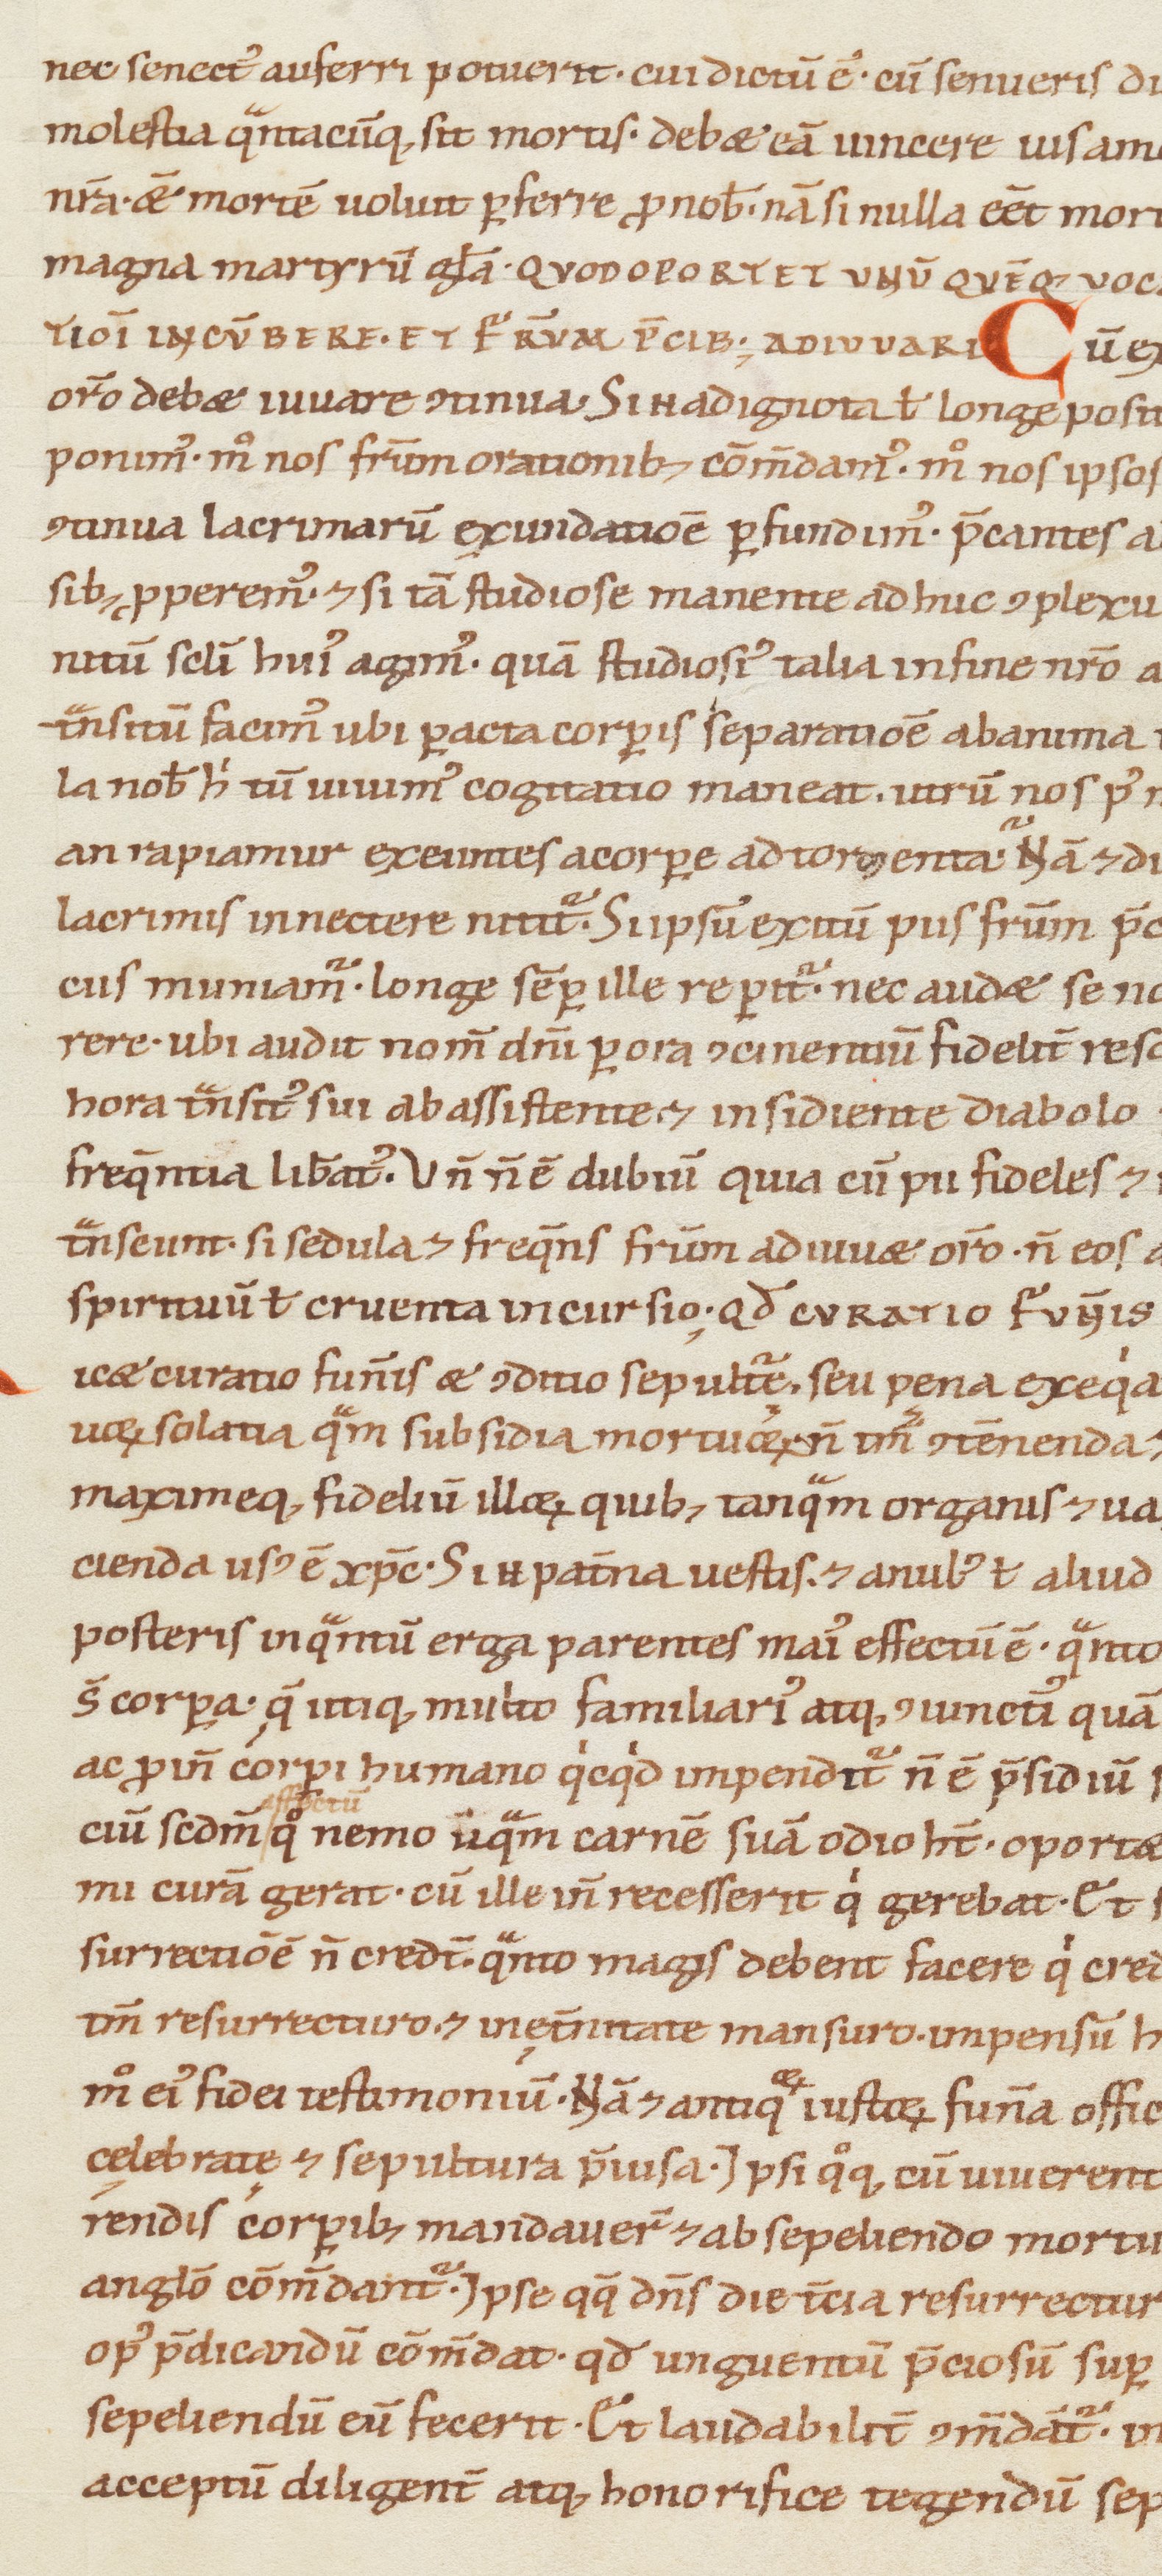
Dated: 1100–1199